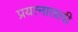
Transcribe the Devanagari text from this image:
प्रयत्नातली